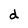
Character: d